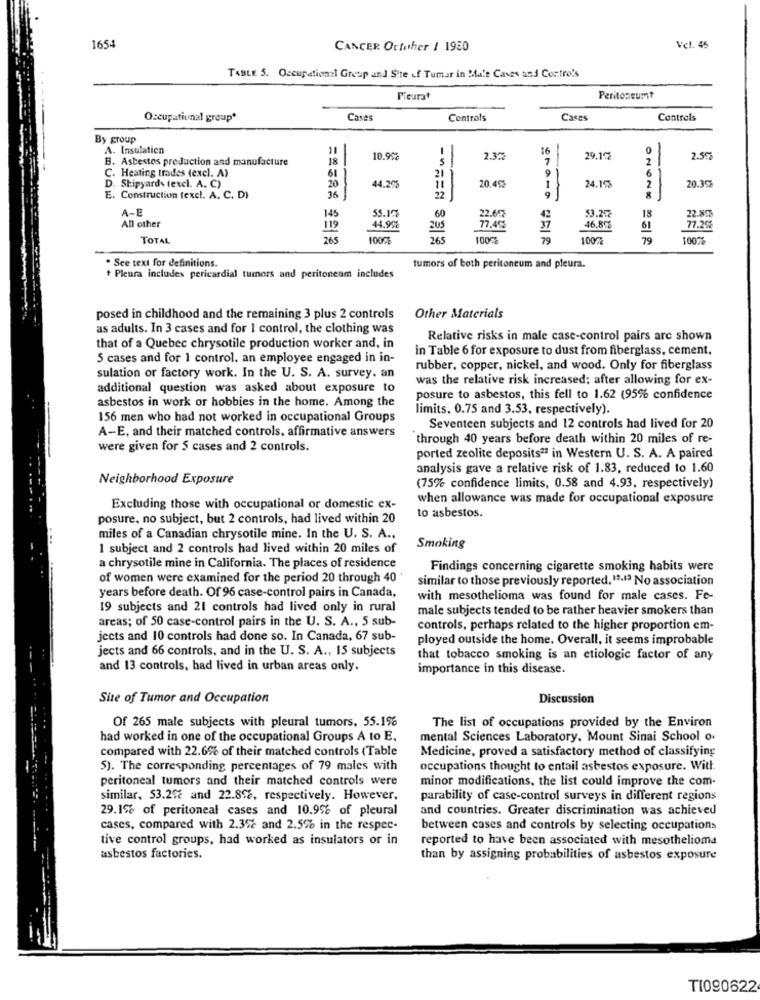
1654
CANCER Ortother 1 1950
Vel. 45
TABLE 5. Occupational Group and Site of Tumor in Male Cases and Contro's
Pieurat
Peritoneumt
Occupational group*
Cases
Controls
Cases
Controls
By group
A. Insulation
16
B. Asbestos production and manufacture
18
10.9%
5
2.3%
7
29.19
2.59
C. Heating trades (excl. A)
21
9
-
61
20.45%
24.196
20.39
D. Shipyards (excl. A. C)
20
44.20
11
Construction (excl. A. C. D)
A-E
149
55.17
60
22.60
42
$3.20
18
22.80
All other
119
44.998
205
77.452
37
46.8℃
61
77.26
TOTAL
265
100%
265
100%
79
100%
79
01020 2518
100%
. See text for definitions.
tumors of both peritoneum and pleura.
Pleura includes pericardial tumors and peritoneum includes
posed in childhood and the remaining 3 plus 2 controls
Other Materials
as adults. In 3 cases and for 1 control, the clothing was
Relative risks in male case-control pairs are shown
that of a Quebec chrysotile production worker and, in
in Table 6 for exposure to dust from fiberglass, cement,
5 cases and for 1 control, an employee engaged in in-
sulation or factory work. In the U. S. A. survey. an
rubber, copper, nickel, and wood. Only for fiberglass
was the relative risk increased; after allowing for ex-
additional question was asked about exposure to
posure to asbestos, this fell to 1.62 (95% confidence
asbestos in work or hobbies in the home. Among the
limits. 0.75 and 3.53, respectively).
156 men who had not worked in occupational Groups
A-E, and their matched controls, affirmative answers
Seventeen subjects and 12 controls had lived for 20
through 40 years before death within 20 miles of re-
were given for $ cases and 2 controls.
ported zeolite deposits ?? in Western U. S. A. A paired
analysis gave a relative risk of 1.83, reduced to 1.60
Neighborhood Exposure
(75% confidence limits, 0.58 and 4.93, respectively)
when allowance was made for occupational exposure
Excluding those with occupational or domestic ex-
to asbestos.
posure, no subject, but 2 controls, had lived within 20
miles of a Canadian chrysotile mine. In the U. S. A .,
I subject and 2 controls had lived within 20 miles of
Smoking
a chrysotile mine in California. The places of residence
Findings concerning cigarette smoking habits were
of women were examined for the period 20 through 40
similar to those previously reported. 12.13 No association
years before death. Of 96 case-control pairs in Canada,
with mesothelioma was found for male cases. Fe-
19 subjects and 21 controls had lived only in rural
male subjects tended to be rather heavier smokers than
areas; of 50 case-control pairs in the U. S. A ., 5 sub-
controls, perhaps related to the higher proportion em-
jects and 10 controls had done so. In Canada, 67 sub-
ployed outside the home. Overall, it seems improbable
jects and 66 controls, and in the U. S. A ., 15 subjects
that tobacco smoking is an etiologic factor of any
and 13 controls, had lived in urban areas only.
importance in this disease.
Site of Tumor and Occupation
Discussion
Of 265 male subjects with pleural tumors, 55.1%
The list of occupations provided by the Environ
had worked in one of the occupational Groups A to E.
mental Sciences Laboratory, Mount Sinai School o.
compared with 22.6% of their matched controls (Table
Medicine, proved a satisfactory method of classifying
5). The corresponding percentages of 79 males with
occupations thought to entail asbestos exposure. With.
peritoneal tumors and their matched controls were
minor modifications, the list could improve the com-
similar, 53.252 and 22.8%, respectively. However.
parability of case-control surveys in different regions
29. 1% of peritoneal cases and 10.9% of pleural
and countries. Greater discrimination was achieved
cases, compared with 2.352 and 2.5% in the respec-
between cases and controls by selecting occupations
tive control groups, had worked as insulators or in
reported to have been associated with mesothelioma
asbestos factories.
than by assigning probabilities of asbestos exposure
TI090622